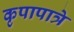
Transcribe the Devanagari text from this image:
कृपापात्रे